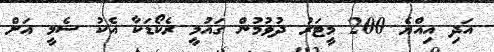
އަދި އިއްޔެ 200 މީޓަރު ދުވުމުން ގައުމީ ރެކޯޑަކާ އެކު ސެމީ އަށް